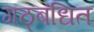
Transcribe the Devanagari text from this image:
गठ्बंधित